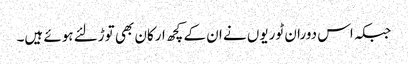
جبکہ اس دوران ٹوریوں نے ان کے کچھ ارکان بھی توڑلئے ہوئے ہیں۔